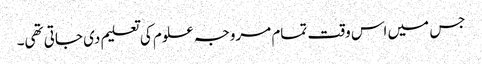
جس میں اس وقت تمام مروجہ علوم کی تعلیم دی جاتی تھی۔